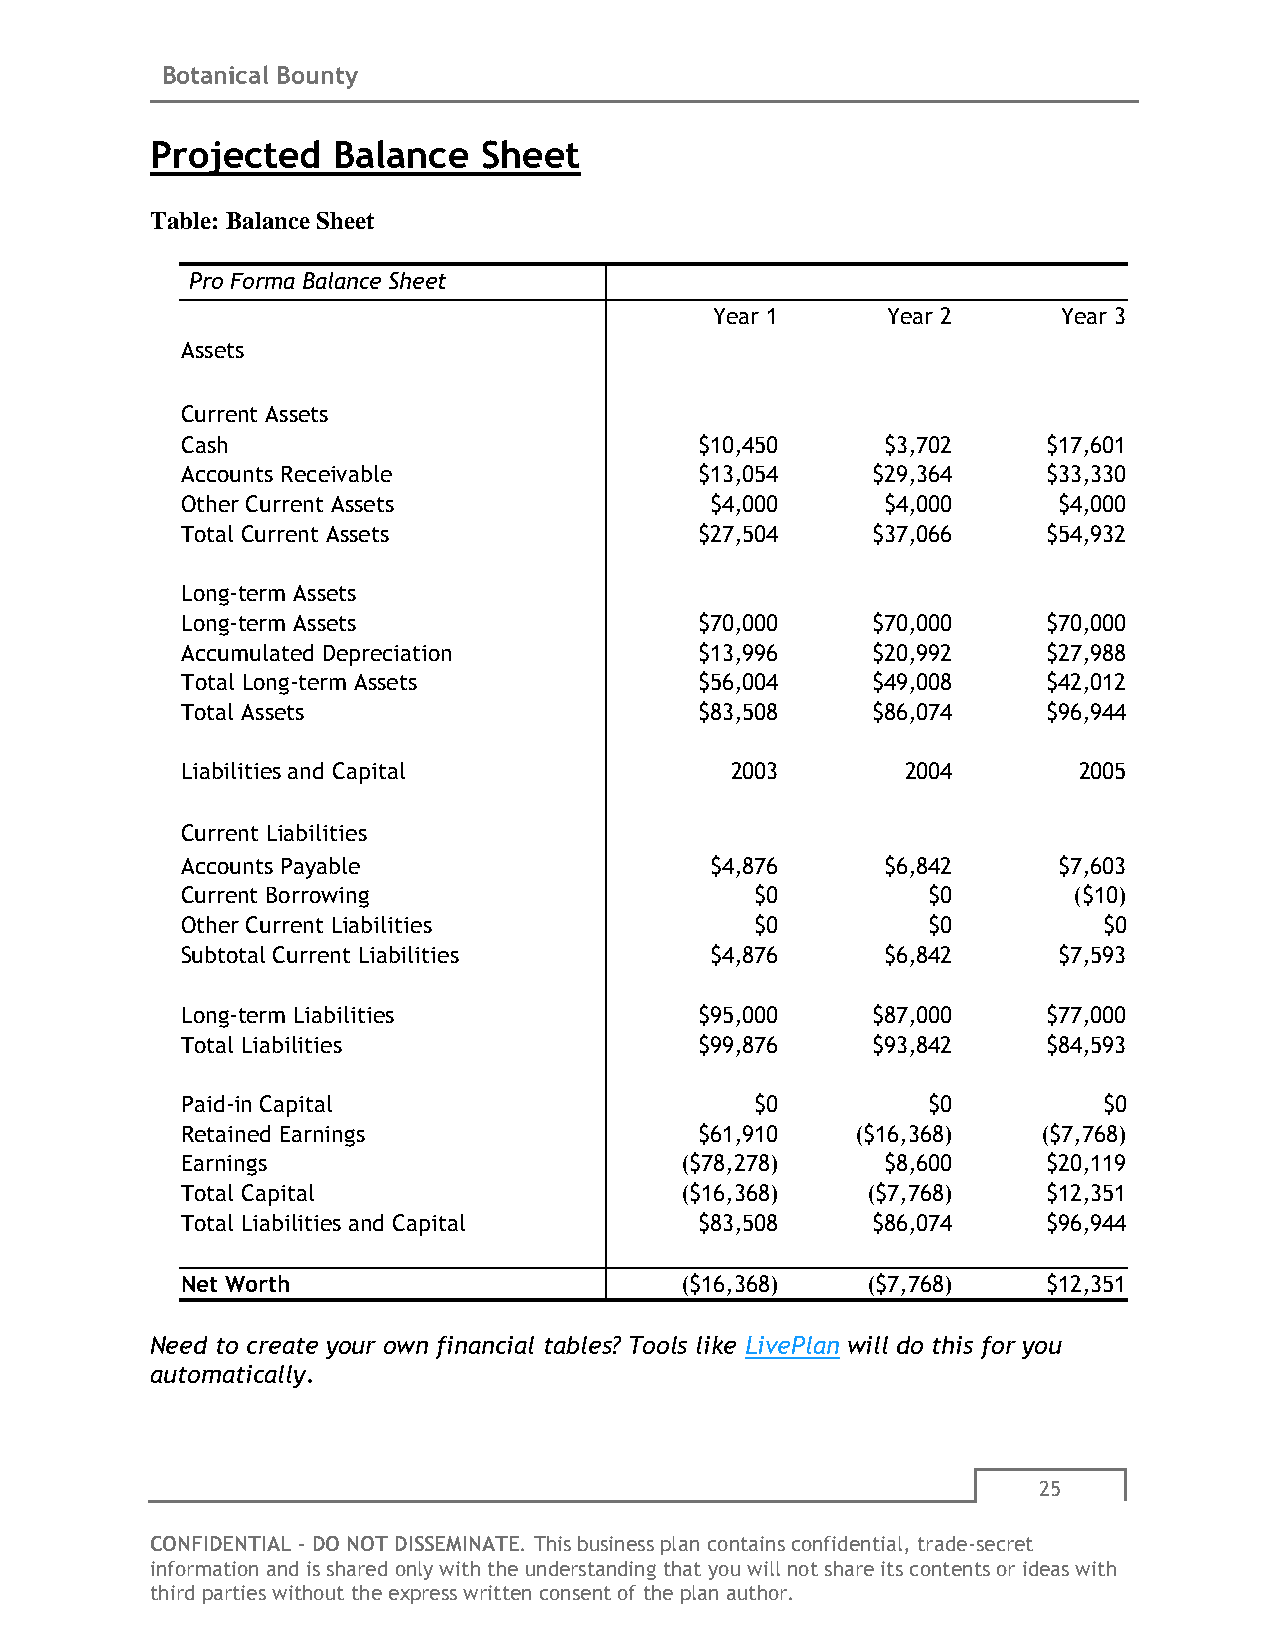
Botanical Bounty
 Projected   Balance   Sheet
 Table: Balance Sheet
 Pro Forma Balance Sheet
 Year 1      Year 2     Year 3
 Assets
 Current Assets
 Cash                              $10,450      $3,702    $17,601
 Accounts Receivable               $13,054     $29,364    $33,330
 Other Current Assets               $4,000      $4,000     $4,000
 Total Current Assets              $27,504     $37,066    $54,932
 Long-term Assets
 Long-term Assets                  $70,000     $70,000    $70,000
 Accumulated Depreciation          $13,996     $20,992    $27,988
 Total Long-term Assets            $56,004     $49,008    $42,012
 Total Assets                      $83,508     $86,074    $96,944
 Liabilities and Capital             2003        2004       2005
 Current Liabilities
 Accounts Payable                   $4,876      $6,842     $7,603
 Current Borrowing                     $0         $0        ($10)
 Other Current Liabilities             $0         $0          $0
 Subtotal Current Liabilities       $4,876      $6,842     $7,593
 Long-term Liabilities             $95,000     $87,000    $77,000
 Total Liabilities                 $99,876     $93,842    $84,593
 Paid-in Capital                       $0         $0          $0
 Retained Earnings                 $61,910    ($16,368)   ($7,768)
 Earnings                         ($78,278)     $8,600    $20,119
 Total Capital                    ($16,368)   ($7,768)    $12,351
 Total Liabilities and Capital     $83,508     $86,074    $96,944
 Net Worth                        ($16,368)   ($7,768)    $12,351
 Need to create your own financial tables? Tools like LivePlan will do this for you
 automatically.
 25
 CONFIDENTIAL - DO NOT DISSEMINATE. This business plan contains confidential, trade-secret
 information and is shared only with the understanding that you will not share its contents or ideas with
 third parties without the express written consent of the plan author.